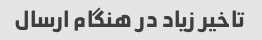
تاخیر زیاد در هنگام ارسال